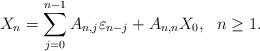
LaTeX: \begin{align*}X_{n}=\sum\limits_{j=0}^{n-1}A_{n,j} \varepsilon_{n-j}+A_{n,n} X_{0},\ \ n\geq1. \end{align*}